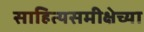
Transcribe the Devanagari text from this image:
साहित्यसमीक्षेच्या